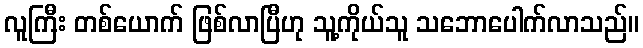
လူကြီး တစ်ယောက် ဖြစ်လာပြီဟု သူ့ကိုယ်သူ သဘောပေါက်လာသည်။